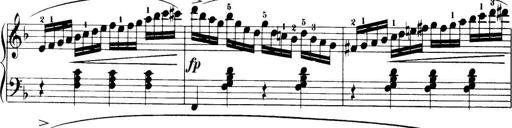
Title: 32 Sonatinas and Rondos for the Piano
Composer: Richard Kleinmichel